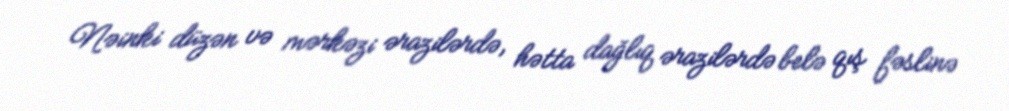
Nəinki düzən və mərkəzi ərazilərdə, hətta dağlıq ərazilərdə belə qış fəslinə